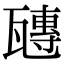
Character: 𤮍